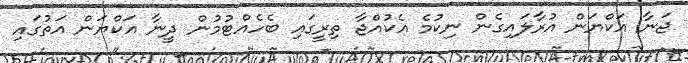
ޖަނާ އަކްޔަން އުރާލައިގެން ނިކުމެ އެކުއްޖާ ތިރީގައި ބެހެއްޓުމުން ދީނާ އަކްޔަން އަތުގައި